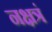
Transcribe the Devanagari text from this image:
नक्षत्रं